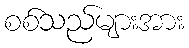
စစ်သည်များအား